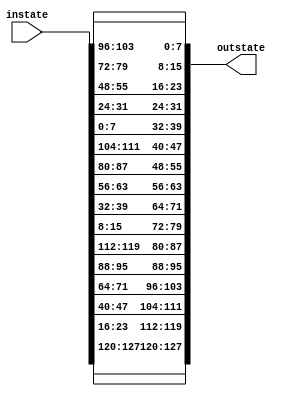
module InvShiftRows(instate, outstate);

input [127 : 0] instate;
output [127 : 0] outstate;

//first row
assign outstate[127 -: 8] = instate[127 -: 8];
assign outstate[95 -: 8] = instate[95 -: 8];
assign outstate[63 -: 8] = instate[63 -: 8];
assign outstate[31 -: 8] = instate[31 -: 8];

//second row
assign outstate[119 -: 8] = instate[23 -: 8];
assign outstate[87 -: 8] = instate[119 -: 8];
assign outstate[55 -: 8] = instate[87 -: 8];
assign outstate[23 -: 8] = instate[55 -: 8];

//third row
assign outstate[111 -: 8] = instate[47 -: 8];
assign outstate[79 -: 8] = instate[15 -: 8];
assign outstate[47 -: 8] = instate[111 -: 8];
assign outstate[15 -: 8] = instate[79 -: 8];

//fourth row
assign outstate[103 -: 8] = instate[71 -: 8];
assign outstate[71 -: 8] = instate[39 -: 8];
assign outstate[39 -: 8] = instate[7 -: 8];
assign outstate[7 -: 8] = instate[103 -: 8];

endmodule